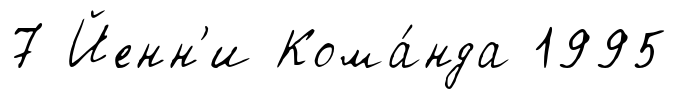
7 Йенн'и Кома́нда 1995